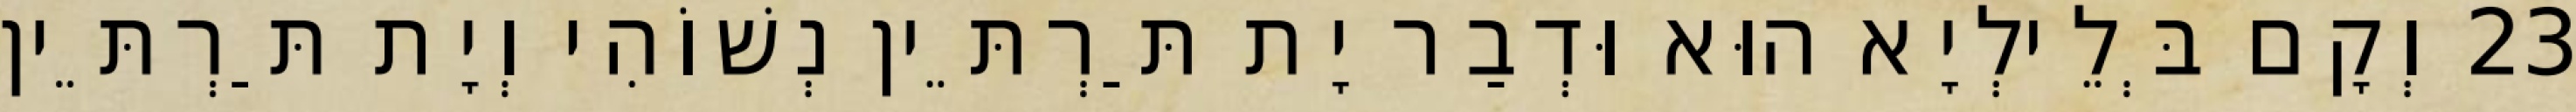
23 וְקָם בְּלֵילְיָא הוּא וּדְבַר יָת תַּרְתֵּין נְשׁוֹהִי וְיָת תַּרְתֵּין